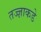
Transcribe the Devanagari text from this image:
तज्‍ज्ञाकडे